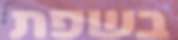
בשפת